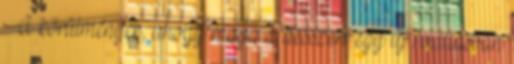
A körülmények, ahogy maga a desszert egy új felállásban